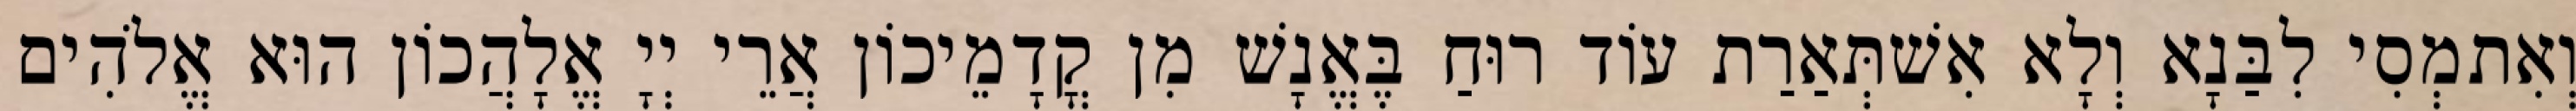
וְאִתמְסִי לִבַּנָא וְלָא אִשׁתְּאַרַת עוֹד רוּחַ בֶּאֱנָשׁ מִן קֳדָמֵיכוֹן אֲרֵי יְיָ אֱלָהֲכוֹן הוּא אֱלֹהִים